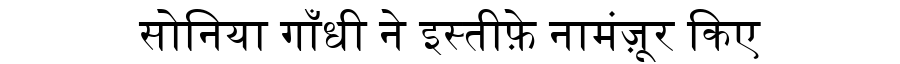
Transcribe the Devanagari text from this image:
सोनिया गाँधी ने इस्तीफ़े नामंज़ूर किए